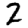
Digit: 2